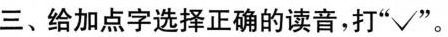
三、给加点字选择正确的读音，打”√”